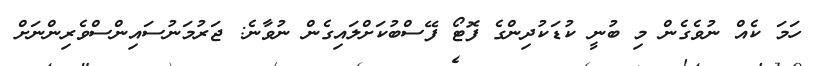
ހަމަ ކެއް ނުވެގެން މި ބުނީ ކުޑަކުދިންގެ ފޮޓޯ ފޭސްބުކަށްލައިގެން ނުވާނެ: ޖަރުމަނުސައިންސްވެރިންނަށް